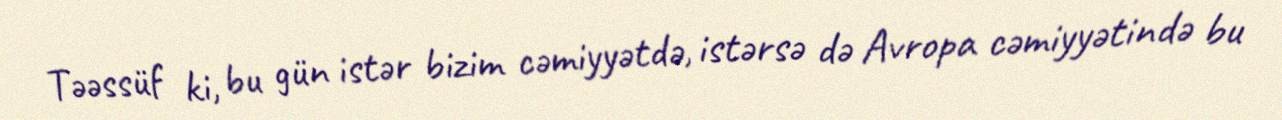
Təəssüf ki, bu gün istər bizim cəmiyyətdə, istərsə də Avropa cəmiyyətində bu